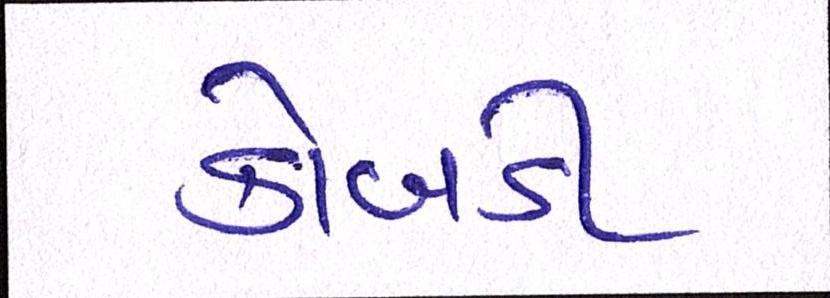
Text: કોબડી